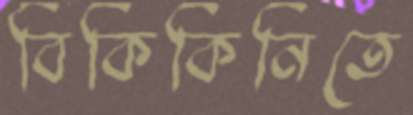
বিকিকিনিতে